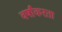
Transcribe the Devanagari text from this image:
वर्षांकरता